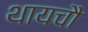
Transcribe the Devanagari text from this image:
थायचौ